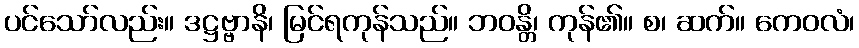
ပင်သော်လည်း။ ဒဋ္ဌဗ္ဗာနိ၊ မြင်ရကုန်သည်။ ဘဝန္တိ၊ ကုန်၏။ စ၊ ဆက်။ ကေဝလံ၊